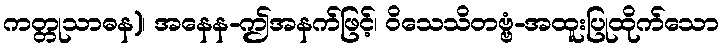
ကတ္တုသာဓန)၊ အနေန-ဤအနက်ဖြင့်၊ ဝိသေသိတဗ္ဗံ-အထူးပြုထိုက်သော